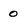
Character: o